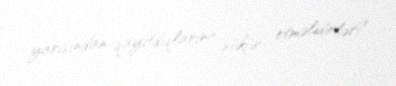
yarısından qayıtdıqlarına şükür etməlidirlər?.